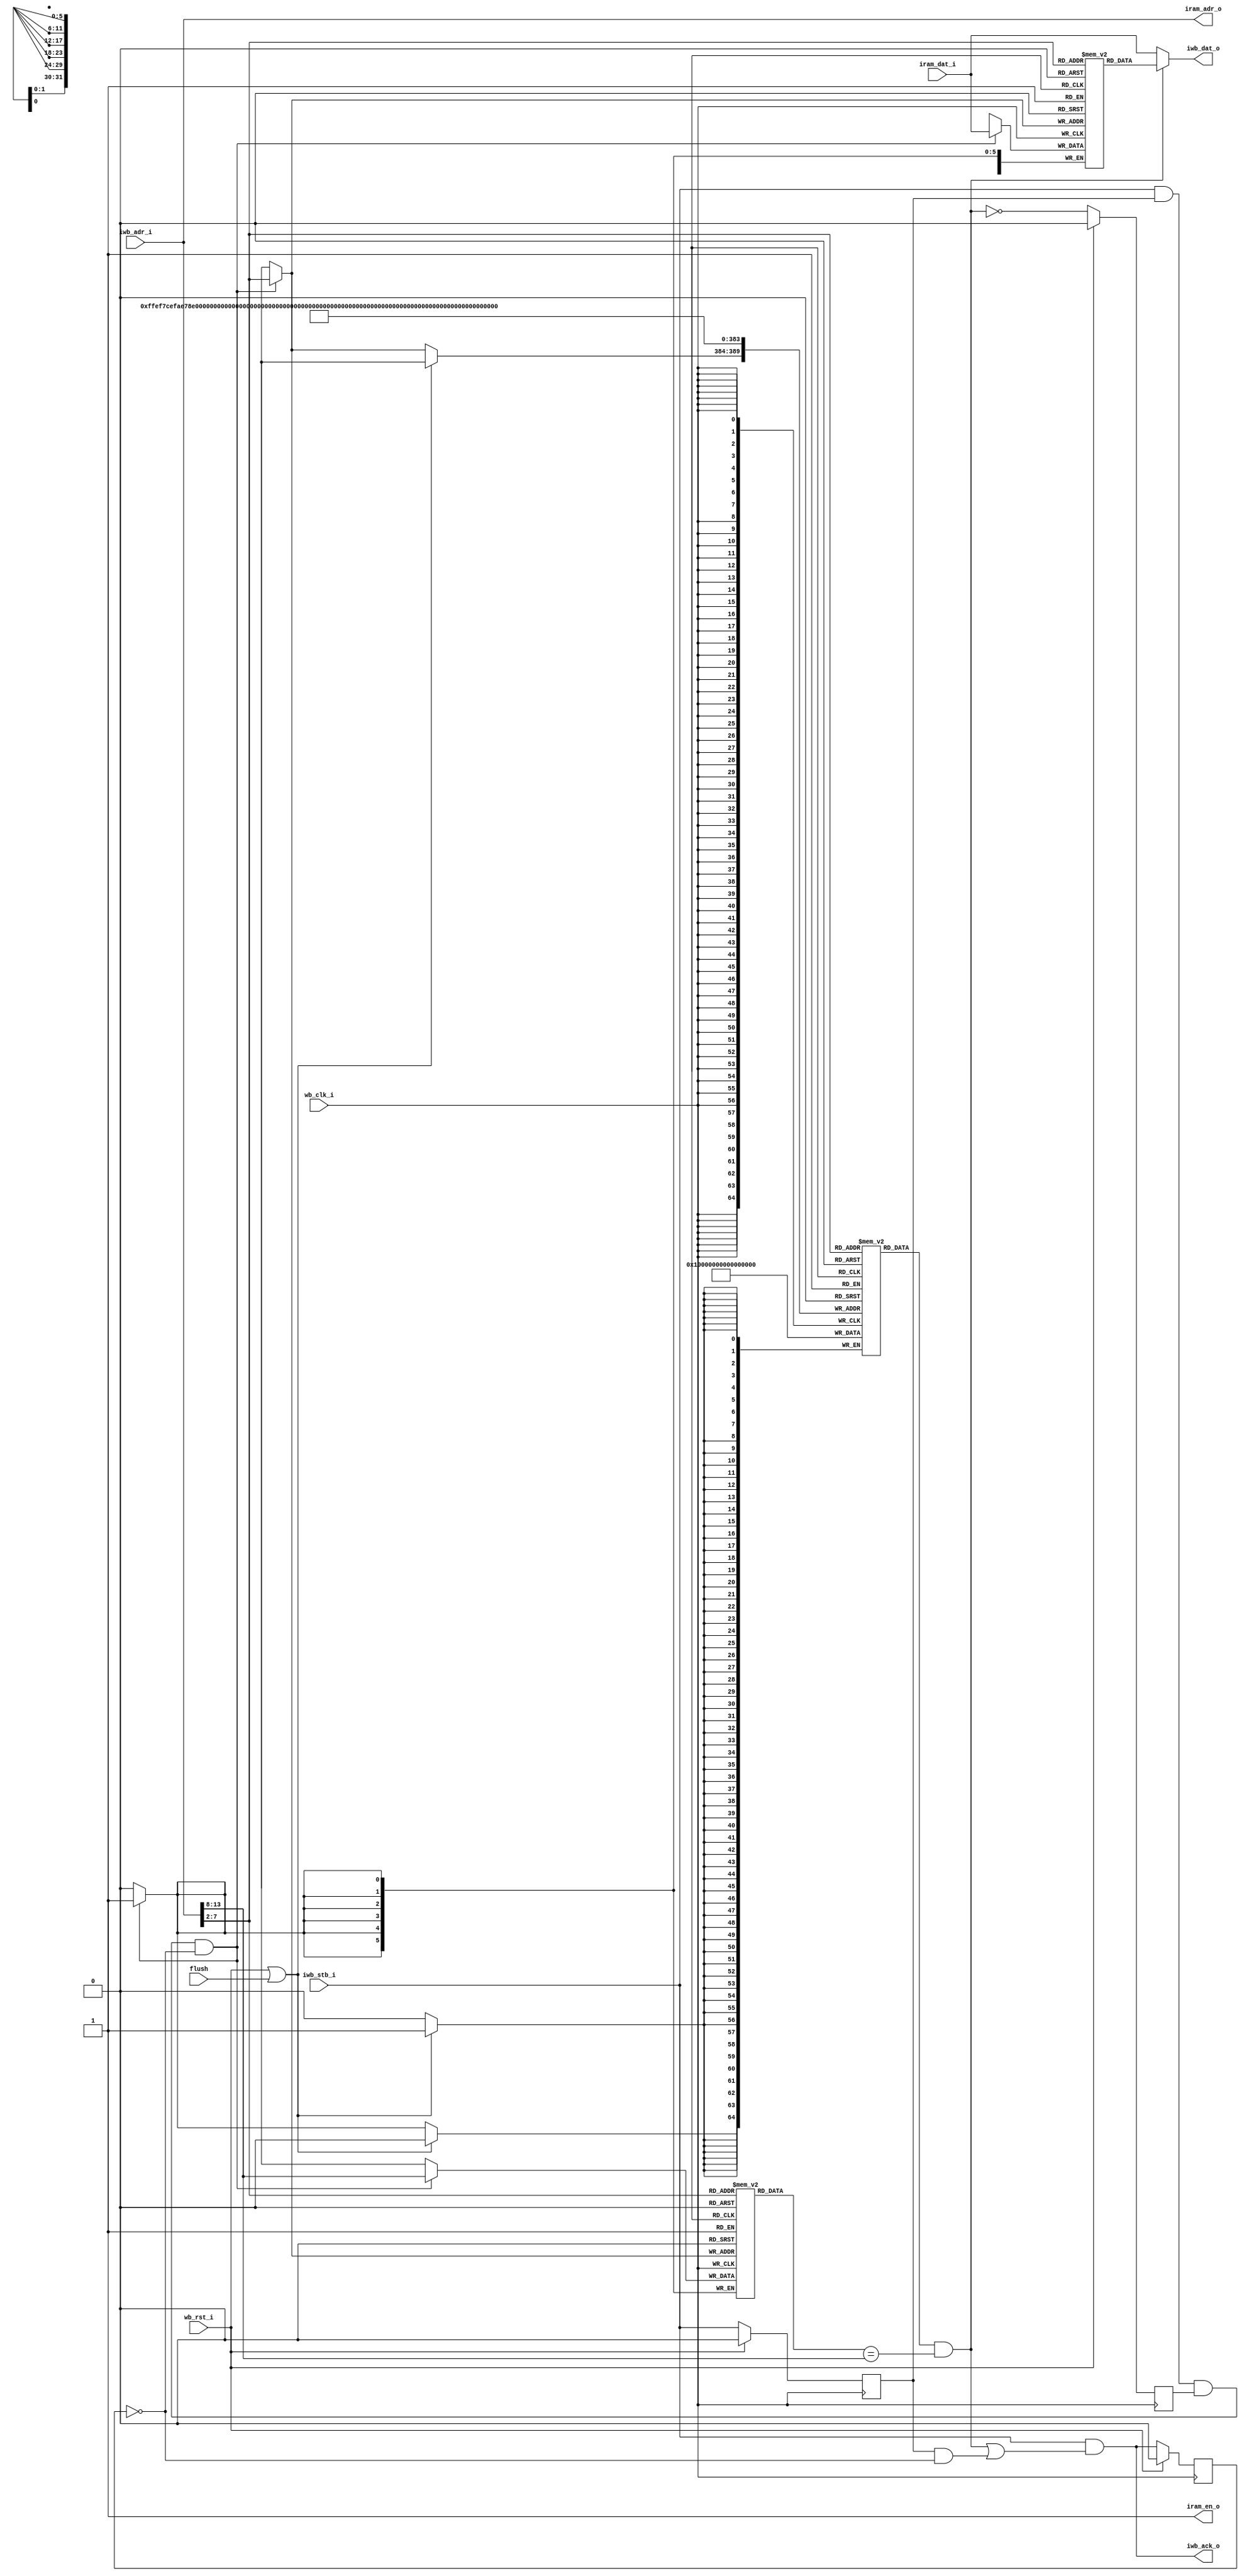

module icache
  #(parameter AWIDTH=14,
    parameter CWIDTH=6)

    (input wb_clk_i,
     input wb_rst_i,
     input [AWIDTH-1:0] iwb_adr_i,
     input iwb_stb_i,
     output [31:0] iwb_dat_o,
     output iwb_ack_o,
     input [31:0] iram_dat_i,
     output [AWIDTH-1:0] iram_adr_o,
     output iram_en_o,
     input flush);

   localparam TAGWIDTH = AWIDTH-CWIDTH-2;
   reg 	      stb_d1, ack_d1, miss_d1;
   reg [AWIDTH-1:0] held_addr;
   reg [31:0] 	    idata [0:(1<<CWIDTH)-1];
   reg [TAGWIDTH-1:0] itags [0:(1<<CWIDTH)-1];
   reg 		      ivalid [0:(1<<CWIDTH)-1];
   
   wire [CWIDTH-1:0]  rd_line, wr_line;
   wire [TAGWIDTH-1:0] wr_tags;
   wire 	       store_in_cache;

   // /////////////////////////////////////
   // Write into cache
   integer 	      i;
   always @(posedge wb_clk_i)
     if(wb_rst_i | flush)
       for(i=0;i<(1<<CWIDTH);i=i+1)
	 ivalid[i] <= 0;
     else
       if(store_in_cache)
	 ivalid[wr_line] <= 1'b1;
   
   always @(posedge wb_clk_i)
     if(store_in_cache)
       begin
	  idata[wr_line] <= iram_dat_i;
	  itags[wr_line] <= wr_tags;
       end
   
   // //////////////////////////////////////
   // Read from Cache
   wire [TAGWIDTH-1:0] tag_out = itags[rd_line];
   wire 	       valid_out = ivalid[rd_line];
   wire [31:0] 	       data_out	= idata[rd_line];
   wire 	       cache_hit = valid_out & (tag_out == iwb_adr_i[AWIDTH-1:CWIDTH+2]);
   wire 	       cache_miss = ~cache_hit;

   // //////////////////////////////////////
   // Handle 1-cycle delay of Block-RAM
   always @(posedge wb_clk_i)
     if(wb_rst_i)
       stb_d1 <= 0;
     else
       stb_d1 <= iwb_stb_i;
   
   always @(posedge wb_clk_i)
     if(wb_rst_i)
       held_addr <= 0;
     else
       held_addr <= iwb_adr_i;
   
   always @(posedge wb_clk_i) 
     if(wb_rst_i)
       ack_d1 <= 1'b0;
     else 
       ack_d1 <= iwb_ack_o;

   always @(posedge wb_clk_i) 
     if(wb_rst_i)
       miss_d1 <= 0;
     else 
       miss_d1 <= cache_miss;

//`define IC_NOCACHE
//`define IC_BASIC
//`define IC_FORWARDING_DP
`define IC_FORWARDING_SP
//`define IC_PREFETCH

`ifdef IC_NOCACHE
   assign 	       iwb_dat_o = iram_dat_i;
   assign 	       iwb_ack_o = iwb_stb_i & (stb_d1 & ~ack_d1);
   assign 	       iram_adr_o = iwb_adr_i;
   assign 	       iram_en_o = 1'b1;
   assign 	       rd_line = 0;
   assign 	       wr_line = 0;
   assign 	       wr_tags = 0;
   assign 	       store_in_cache = 0;
`endif
   
`ifdef IC_BASIC    // Very basic, no forwarding, 2 wait states on miss
   assign 	       iwb_dat_o = data_out;
   assign 	       iwb_ack_o = iwb_stb_i & cache_hit;
   assign 	       iram_adr_o = iwb_adr_i;
   assign 	       iram_en_o = 1'b1;
   assign 	       rd_line = iwb_adr_i[CWIDTH+1:2];
   assign 	       wr_line = rd_line;
   assign 	       wr_tags = iwb_adr_i[AWIDTH-1:CWIDTH+2];
   assign 	       store_in_cache = stb_d1 & miss_d1;
`endif
   
`ifdef IC_FORWARDING_DP   // Simple forwarding, 1 wait state on miss, dual-port ram
   assign 	       iwb_dat_o = cache_hit ? data_out : iram_dat_i;
   assign 	       iwb_ack_o = iwb_stb_i & (cache_hit | (stb_d1 & ~ack_d1));
   assign 	       iram_adr_o = iwb_adr_i;
   assign 	       iram_en_o = 1'b1;
   assign 	       rd_line = iwb_adr_i[CWIDTH+1:2];
   assign 	       wr_line = held_addr[CWIDTH+1:2];
   assign 	       wr_tags = held_addr[AWIDTH-1:CWIDTH+2];	       
   assign 	       store_in_cache = iwb_stb_i & stb_d1 & miss_d1 & ~ack_d1;
`endif

`ifdef IC_FORWARDING_SP   // Simple forwarding, 1 wait state on miss, single-port ram
   assign 	       iwb_dat_o = cache_hit ? data_out : iram_dat_i;
   assign 	       iwb_ack_o = iwb_stb_i & (cache_hit | (stb_d1 & ~ack_d1));
   assign 	       iram_adr_o = iwb_adr_i;
   assign 	       iram_en_o = 1'b1;
   assign 	       rd_line = iwb_adr_i[CWIDTH+1:2];
   assign 	       wr_line = rd_line;
   assign 	       wr_tags = iwb_adr_i[AWIDTH-1:CWIDTH+2];
   assign 	       store_in_cache = iwb_stb_i & stb_d1 & miss_d1 & ~ack_d1;
`endif

`ifdef IC_PREFETCH   // Forwarding plus prefetch

`endif
   
   
endmodule // icache